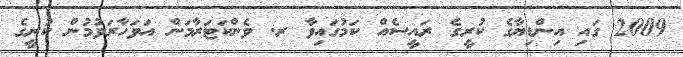
2009 ގައި އިންޑިޔާގެ ކުރީގެ ރައީސެއް ކަމުގައިވާ ރ. ވެންކަޓަރާމަން އަވަހާރަވުމުން ކުރީގެ